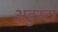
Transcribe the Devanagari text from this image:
अडुस्टा